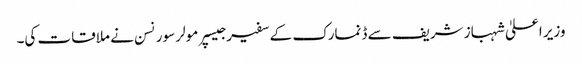
وزیر اعلیٰ شہباز شریف سے ڈنمارک کے سفیر جیسپر مولر سورنسن نے ملاقات کی۔